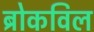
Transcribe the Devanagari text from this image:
ब्रोकविल